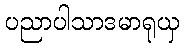
ပညာပါသာဒမာရုယှ